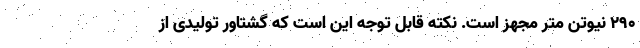
۲۹۰ نیوتن متر مجهز است. نکته قابل توجه این است که گشتاور تولیدی از